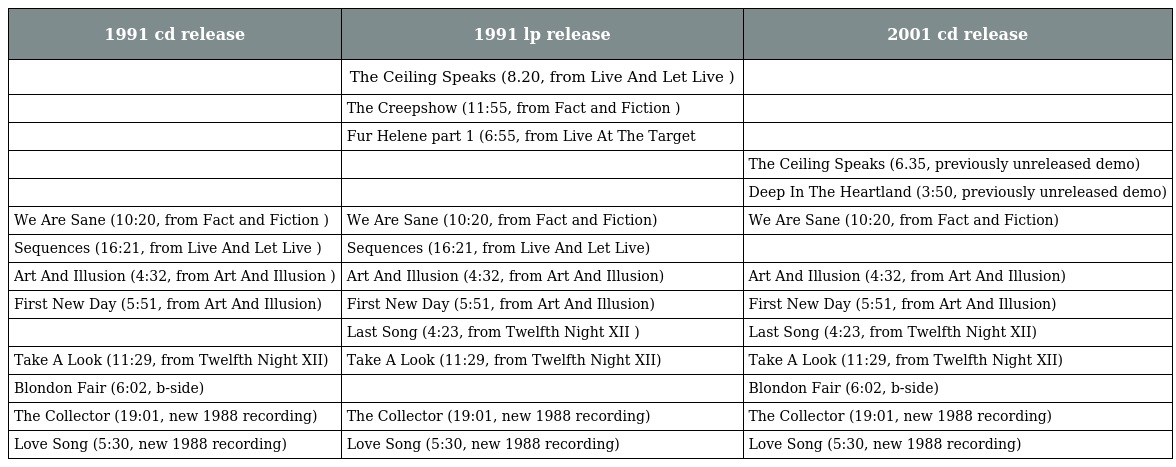
| 1991 cd release | 1991 lp release | 2001 cd release |
 | --- | --- | --- |
 |  | The Ceiling Speaks (8.20, from Live And Let Live ) |  |
 |  | The Creepshow (11:55, from Fact and Fiction ) |  |
 |  | Fur Helene part 1 (6:55, from Live At The Target |  |
 |  |  | The Ceiling Speaks (6.35, previously unreleased demo) |
 |  |  | Deep In The Heartland (3:50, previously unreleased demo) |
 | We Are Sane (10:20, from Fact and Fiction ) | We Are Sane (10:20, from Fact and Fiction) | We Are Sane (10:20, from Fact and Fiction) |
 | Sequences (16:21, from Live And Let Live ) | Sequences (16:21, from Live And Let Live) |  |
 | Art And Illusion (4:32, from Art And Illusion ) | Art And Illusion (4:32, from Art And Illusion) | Art And Illusion (4:32, from Art And Illusion) |
 | First New Day (5:51, from Art And Illusion) | First New Day (5:51, from Art And Illusion) | First New Day (5:51, from Art And Illusion) |
 |  | Last Song (4:23, from Twelfth Night XII ) | Last Song (4:23, from Twelfth Night XII) |
 | Take A Look (11:29, from Twelfth Night XII) | Take A Look (11:29, from Twelfth Night XII) | Take A Look (11:29, from Twelfth Night XII) |
 | Blondon Fair (6:02, b-side) |  | Blondon Fair (6:02, b-side) |
 | The Collector (19:01, new 1988 recording) | The Collector (19:01, new 1988 recording) | The Collector (19:01, new 1988 recording) |
 | Love Song (5:30, new 1988 recording) | Love Song (5:30, new 1988 recording) | Love Song (5:30, new 1988 recording) |